Vaccination North-Western Provinces and Oudh 1878-1895 - 1878-1895
Year: 1878
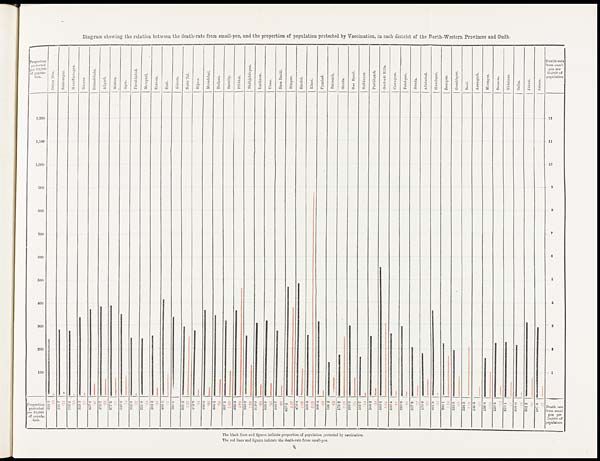
Diagram showing the relation between the death-rate from small-pox, and the proportion of population protected by Vaccination, in each district of the North-Western Provinces and Oudh.
The black lines and figures indicate proportion of population protected by vaccination.
The red lines and figures indicate the death-rate from small-pox.